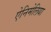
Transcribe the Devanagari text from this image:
ऐनिमेलिया